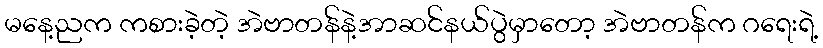
မနေ့ညက ကစားခဲ့တဲ့ အဲဗာတန်နဲ့အာဆင်နယ်ပွဲမှာတော့ အဲဗာတန်က ဂရေးရဲ့